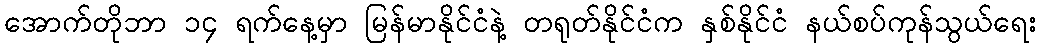
အောက်တိုဘာ ၁၄ ရက်နေ့မှာ မြန်မာနိုင်ငံနဲ့ တရုတ်နိုင်ငံက နှစ်နိုင်ငံ နယ်စပ်ကုန်သွယ်ရေး